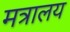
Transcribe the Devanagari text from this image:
मत्रालय